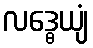
လဒ္ဓေယျံ